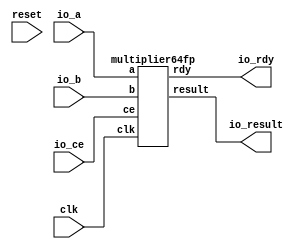
// ==============================================================
// File generated by Vivado(TM) HLS - High-Level Synthesis from C, C++ and SystemC
// Version: 2012.2
// Copyright (C) 2012 Xilinx Inc. All rights reserved.
// 
// ==============================================================

`timescale 1 ns / 1 ps
module types_float_double_grp_fu_93_ACMP_dmul_3_io(
    clk,
    reset,
    io_ce,
    io_rdy,
    io_a,
    io_b,
    io_result);

input clk;
input reset;
input io_ce;
output io_rdy;
input[64 - 1:0] io_a;
input[64 - 1:0] io_b;
output[64 - 1:0] io_result;

//floating_point_v5_0 m(
multiplier64fp m(
    .clk(clk),
    .ce(io_ce), 
    .rdy(io_rdy), 
    .a(io_a),
    .b(io_b),
    .result(io_result));

endmodule

//module floating_point_v5_0(
module multiplier64fp(
    clk,
    ce,
    rdy,
    a,
    b,
    result);

input clk;
input ce;
output rdy;
input[64 - 1:0] a;
input[64 - 1:0] b;
output[64 - 1:0] result;



//ACMP_dmul #(
//.ID( ID ),
//.NUM_STAGE( 18 ),
//.din0_WIDTH( din0_WIDTH ),
//.din1_WIDTH( din1_WIDTH ),
//.dout_WIDTH( dout_WIDTH ))
//ACMP_dmul_U(
//    .clk( clk ),
//    .reset( reset ),
//    .ce( ce ),
//    .din0( din0 ),
//    .din1( din1 ),
//    .dout( dout ));
//assign io_dout = io_din0  + io_din1;
endmodule